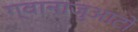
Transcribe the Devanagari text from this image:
ग्वानाजुआटो